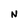
Character: N